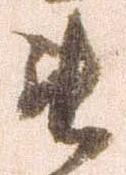
罷